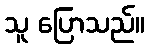
သူ ပြောသည်။